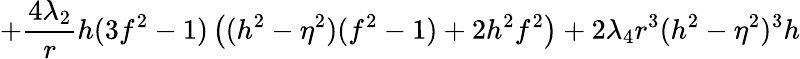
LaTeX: +\frac{4\lambda_{2}}{r}h(3f^{2}-1)\left((h^{2}-\eta^{2})(f^{2}-1)+2h^{2}f^{2}\right)+2\lambda_{4}r^{3}(h^{2}-\eta^{2})^{3}h